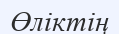
Өліктің